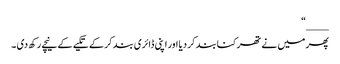
____“
پھر میں نے تھرکنا بند کر دیا اور اپنی ڈائری بند کر کے تکیے کے نیچے رکھ دی ۔